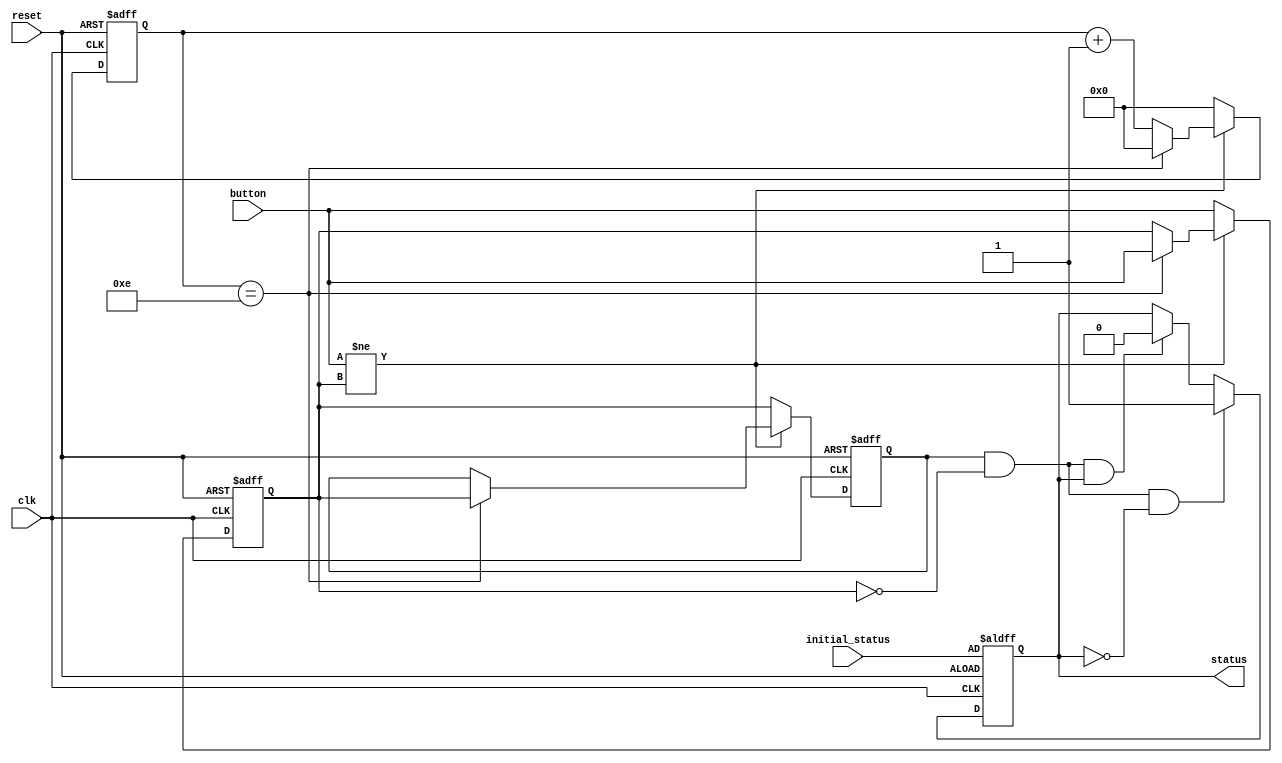
`timescale 1ns / 1ps

module button_status (
    input wire clk,                 // input clock
    input wire  reset,               // reset signal
    input wire  button,              // input button
    output reg status,         // binary output
    input wire  initial_status       // initial state of the output
);

// Debounce constants
parameter COUNT_MAX = 14;    // number of clock cycles to sample the button
parameter THRESHOLD = 8;     // count threshold to determine if button has been pressed or released

// State registers
reg [3:0] count;             // debounce counter
reg last_button;             // button state in last sample
reg last_last_button;        // button state in second-to-last sample

// Debounce logic
always @(posedge clk, posedge reset) begin
    if (reset) begin
        count <= 0;
        last_button <= 0;
        last_last_button <= 0;
        status <= initial_status;
    end else begin
        if (button != last_button) begin
            count <= count + 1;
            if (count == COUNT_MAX) begin
                last_last_button <= last_button;
                last_button <= button;
                count <= 0;
            end
        end else begin
            last_last_button <= last_button;
            last_button <= button;
            count <= 0;
        end
        
        // Change binary output state when button is released
        if (last_last_button && !last_button && status == 0) begin
            status <= 1;
        end else if (last_last_button && !last_button && status == 1) begin
            status <= 0;
        end
    end
end

endmodule